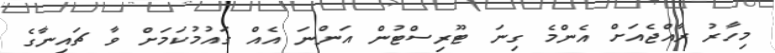
މިހާރު ރާއްޖެއަށް އެންމެ ގިނަ ޓޫރިސްޓުން އަންނަ އެއް ގައުމުކަމަށް ވާ ޗައިނާގެ